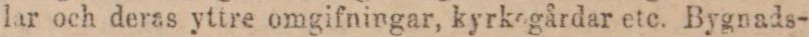
lar och deras yttre omgifningar, kyrkegårdar etc. Bygnads-